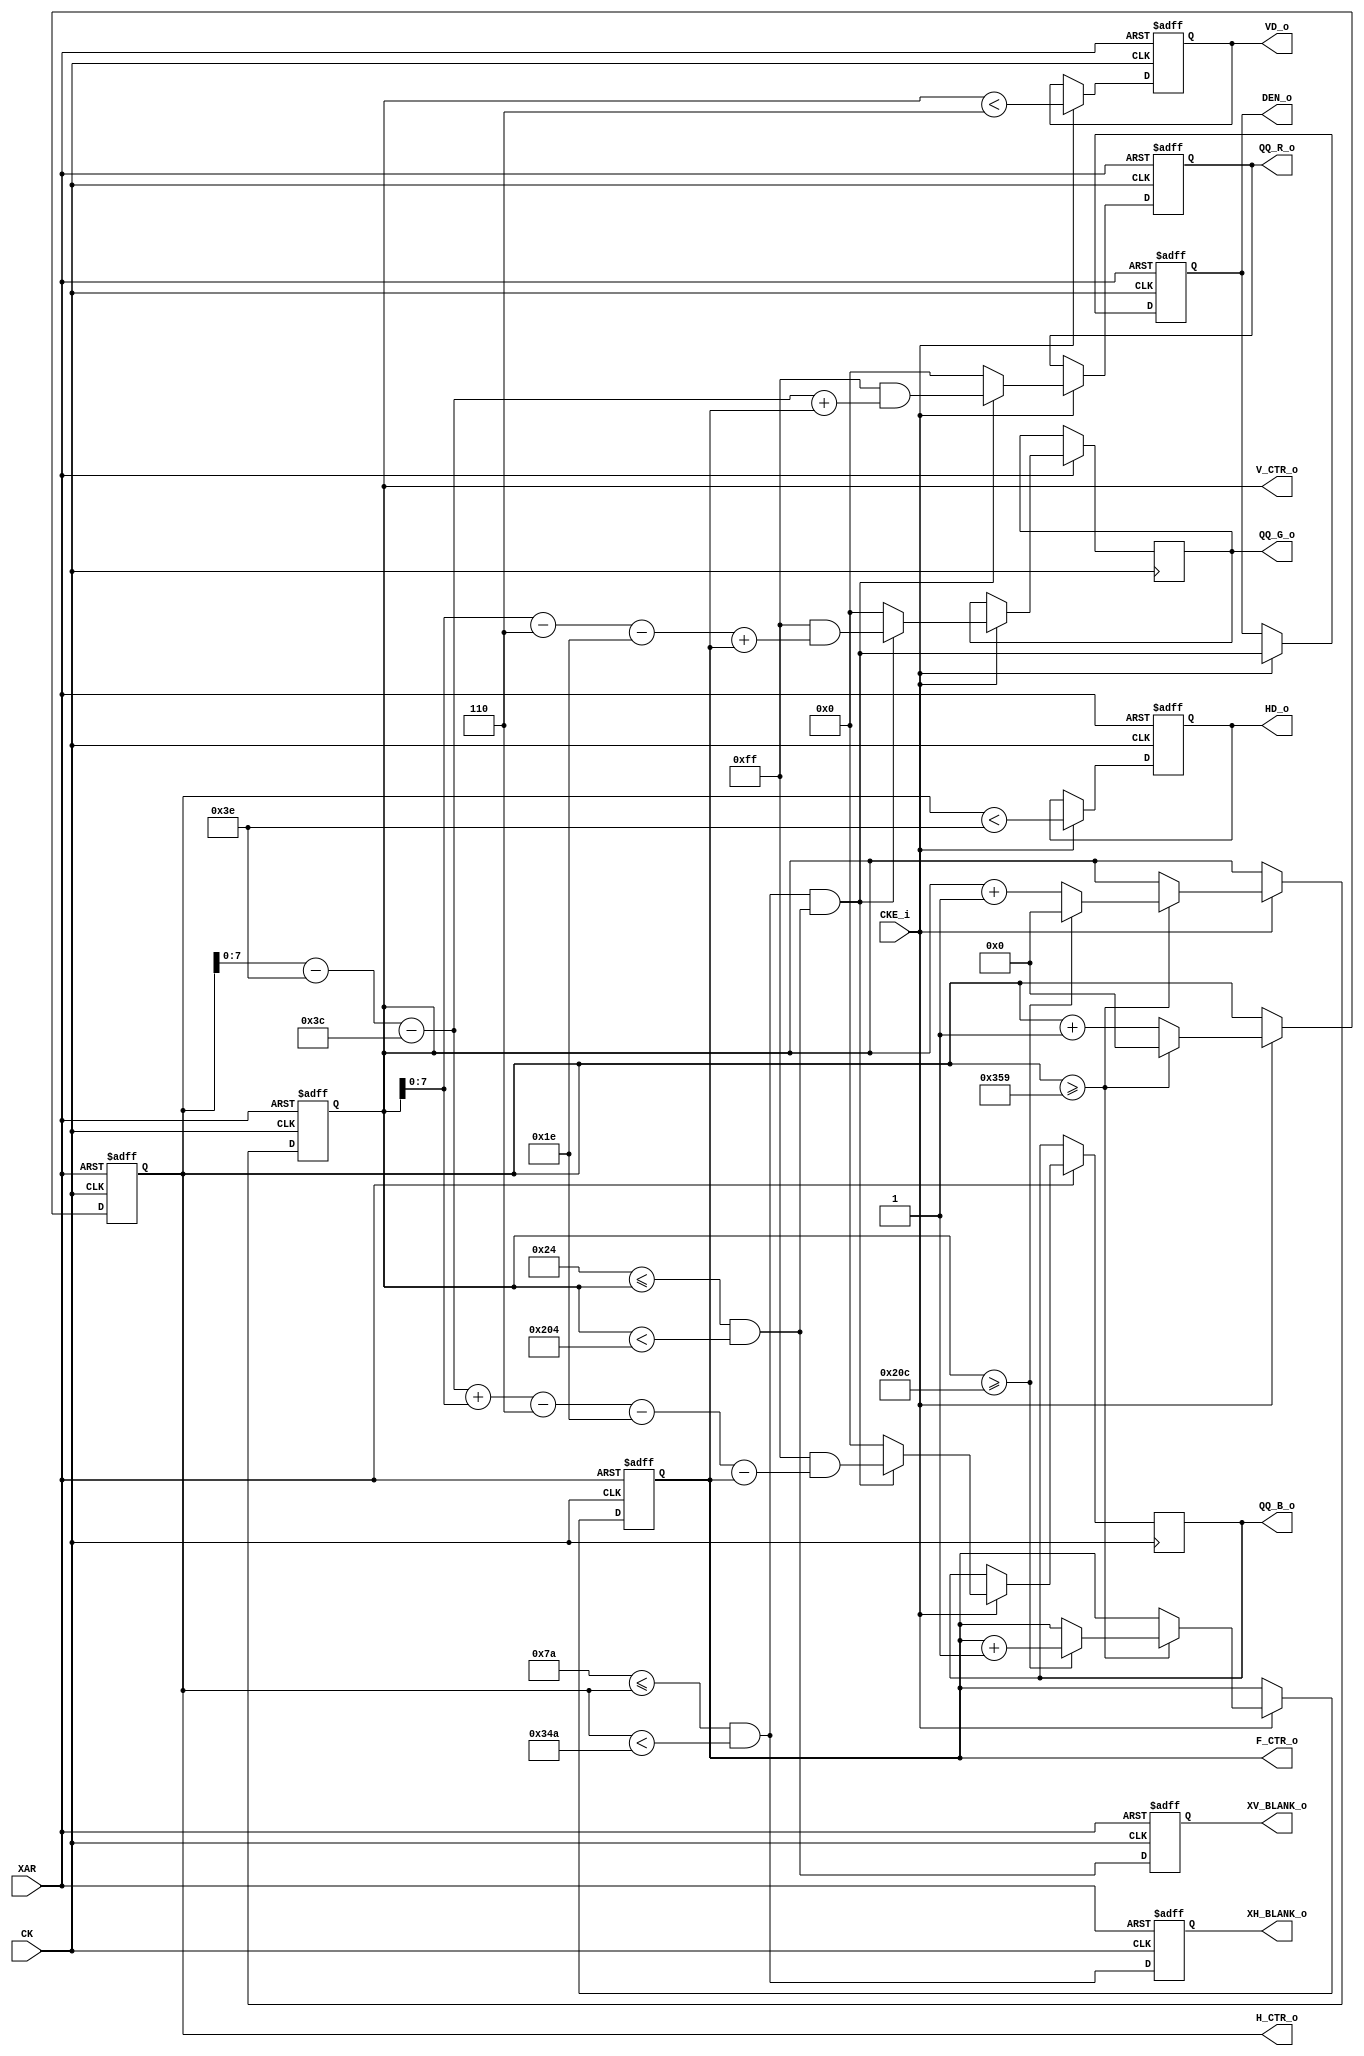
// TEST_PATTERN.v
//      TEST_PATTERN()
//
//
//151230we      :fix H post amble 50->60
//151222tu      :mod to 720x480p
//               add BLANK
//               add CKE
//151020tu      :    1st. mod coding rule
//              base  form http://sa89a.net/mp.cgi/ele/fpga_hdmi.htm


module TEST_PATTERN(
          input                 CK
        , input                 XAR
        , input                 CKE_i
        , output [ 7 :0]        QQ_R_o
        , output [ 7 :0]        QQ_G_o
        , output [ 7 :0]        QQ_B_o
        , output                DEN_o
        , output                HD_o
        , output                VD_o
        , output                XH_BLANK_o
        , output                XV_BLANK_o
        , output [15 :0]        H_CTR_o
        , output [15 :0]        V_CTR_o
        , output [ 7 :0]        F_CTR_o
);

        //720x480p (858x525)
        parameter [15 :0]    C_HSYNC_LEN     =   16'd62;
        parameter [15 :0]    C_H_POST_AMBLE  =   16'd60;
        parameter [15 :0]    C_H_SIZE        =  16'd720;
        parameter [15 :0]    C_H_PRE_AMBLE   =   16'd16;
        parameter            C_HD_POL        =        1;
        
        parameter [15 :0]    C_VSYNC_LEN     =    16'd6;
        parameter [15 :0]    C_V_POST_AMBLE  =   16'd30;
        parameter [15 :0]    C_V_SIZE        =  16'd480;
        parameter [15 :0]    C_V_PRE_AMBLE   =    16'd9;
        parameter            C_VD_POL        =     1'b1;

        //720p
//        parameter [15 :0]    C_HSYNC_LEN     =   16'd40;
//        parameter [15 :0]    C_H_POST_AMBLE  =  16'd220;
//        parameter [15 :0]    C_H_SIZE        = 16'd1280;
//        parameter [15 :0]    C_H_PRE_AMBLE   =  16'd110;
//        parameter            C_HD_POL        =        1;
//        
//        parameter [15 :0]    C_VSYNC_LEN     =    16'd5;
//        parameter [15 :0]    C_V_POST_AMBLE  =   16'd20;
//        parameter [15 :0]    C_V_SIZE        =  16'd720;
//        parameter [15 :0]    C_V_PRE_AMBLE   =    16'd5;
//        parameter            C_VD_POL        =     1'b1;

        //XGA
//        parameter [15:0] C_HSYNC_LEN = 16'd136;
//        parameter [15:0] C_H_POST_AMBLE   = 16'd160;
//        parameter [15:0] C_H_SIZE = 16'd1024;
//        parameter [15:0] C_H_PRE_AMBLE   = 16'd24;
//        parameter C_HD_POL   = 0;
//
//        parameter [15:0] C_VSYNC_LEN = 16'd6;
//        parameter [15:0] C_V_POST_AMBLE   = 16'd29;
//        parameter [15:0] C_V_SIZE = 16'd768;
//        parameter [15:0] C_V_PRE_AMBLE   = 16'd3;
//        parameter C_VD_POL   = 1'b0;

        //VGA
//        parameter [15:0] C_HSYNC_LEN = 16'd96;
//        parameter [15:0] C_H_POST_AMBLE   = 16'd48;
//        parameter [15:0] C_H_SIZE = 16'd640;
//        parameter [15:0] C_H_PRE_AMBLE   = 16'd16;
//        parameter C_HD_POL   = 0;
//
//        parameter [15:0] C_VSYNC_LEN = 16'd2;
//        parameter [15:0] C_V_POST_AMBLE   = 16'd33;
//        parameter [15:0] C_V_SIZE = 16'd480;
//        parameter [15:0] C_V_PRE_AMBLE   = 16'd10;
//        parameter C_VD_POL   = 1'b0;

        reg     [15 :0] H_CTR   ;
        reg     [15 :0] V_CTR   ;
        reg     [ 7 :0] F_CTR   ;
        reg     [ 7 :0] QQ_R    ;
        reg     [ 7 :0] QQ_G    ;
        reg     [ 7 :0] QQ_B    ;
        reg             DEN     ;

        // main part
        wire            H_DEN_a ;
        wire            V_DEN_a ;
        wire            DEN_a   ;
        assign H_DEN_a = (
                (C_HSYNC_LEN + C_H_POST_AMBLE) <= H_CTR 
                && 
                H_CTR < (C_HSYNC_LEN + C_H_POST_AMBLE + C_H_SIZE)
        ) ;
        assign V_DEN_a = (
                (C_VSYNC_LEN+C_V_POST_AMBLE) <= V_CTR 
                && 
                V_CTR < (C_VSYNC_LEN + C_V_POST_AMBLE + C_V_SIZE)
        ) ;
        reg             XH_BLANK      ;
        reg             XV_BLANK      ;
        always @ (posedge CK or negedge XAR)
                if ( ~ XAR ) begin
                        XH_BLANK <= 1'b0 ;
                        XV_BLANK <= 1'b0 ;
                end else begin
                        XH_BLANK <= H_DEN_a ;
                        XV_BLANK <= V_DEN_a ;
                end
        assign XH_BLANK_o = XH_BLANK ;
        assign XV_BLANK_o = XV_BLANK ;
        assign DEN_a = H_DEN_a & V_DEN_a ;
        always @ (posedge CK , negedge XAR)
                if ( ~ XAR ) begin
                        DEN  <= 'd0 ;
                        QQ_R <= 'd0 ;
                        QQ_R <= 'd0 ;
                        QQ_R <= 'd0 ;
                end else if ( CKE_i ) begin
                        DEN <= DEN_a ;
                        if ( DEN_a ) begin
                                QQ_R <= 8'hFF & (
                                           H_CTR 
                                        - C_HSYNC_LEN 
                                        - C_H_POST_AMBLE 
                                        + F_CTR
                                ) ;
                                QQ_G <= 8'hFF & (
                                          V_CTR 
                                        - C_VSYNC_LEN 
                                        - C_V_POST_AMBLE 
                                        + F_CTR
                                ) ;
                                QQ_B <= {8{1'b1}} & (
                                        H_CTR - C_HSYNC_LEN - C_H_POST_AMBLE
                                        + V_CTR - C_VSYNC_LEN - C_V_POST_AMBLE
                                        - F_CTR
                                ) ;
                        end else begin
                                QQ_R <= 'd0 ;
                                QQ_G <= 'd0 ;
                                QQ_B <= 'd0 ;
                        end
                end
        assign QQ_R_o = QQ_R ;
        assign QQ_G_o = QQ_G ;
        assign QQ_B_o = QQ_B ;
        assign DEN_o  = DEN  ;


        // ctl ctr
        wire            H_cy    ;
        wire            V_cy    ;
        assign H_cy = (
                H_CTR 
                >= 
                (
                          C_HSYNC_LEN 
                        + C_H_POST_AMBLE 
                        + C_H_SIZE 
                        + C_H_PRE_AMBLE 
                        - 16'd1
                )
        ) ;
        assign V_cy = (
                V_CTR 
                >=
                (
                        C_VSYNC_LEN 
                        + C_V_POST_AMBLE 
                        + C_V_SIZE 
                        + C_V_PRE_AMBLE 
                        - 16'd1
                )
        ) ;
        always @ (posedge CK or negedge XAR)
                if ( ~ XAR ) begin
                        H_CTR <= 'd0 ;
                        V_CTR <= 'd0 ;
                        F_CTR <= 'd0 ;
                end else if ( CKE_i ) begin
                        if ( ~ H_cy ) begin
                                H_CTR <= H_CTR + 1'b1 ;
                        end else begin
                                H_CTR <= 16'd0 ;
                                if ( ~ V_cy )
                                        V_CTR <= V_CTR + 1'b1 ;
                                else begin
                                        V_CTR <= 16'd0 ;
                                        F_CTR <= F_CTR + 1'b1 ;
                                end
                        end
                end
        assign H_CTR_o = H_CTR       ;
        assign V_CTR_o = V_CTR       ;
        assign F_CTR_o = F_CTR       ;


        // H/VD
        reg             HD      ;
        reg             VD      ;
        always @ (posedge CK or negedge XAR)
                if ( ~ XAR ) begin
                        HD <= C_HD_POL ;
                        VD <= C_VD_POL ;
                end else if ( CKE_i) begin
                        HD <= C_HD_POL ^ ~(H_CTR < C_HSYNC_LEN) ;
                        VD <= C_VD_POL ^ ~(V_CTR < C_VSYNC_LEN) ;
                end
        assign HD_o = HD ;
        assign VD_o = VD ;


endmodule